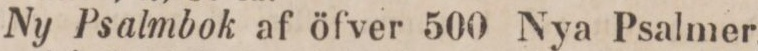
Ny Psalmbok af öfver 500 Nya Psalmer,